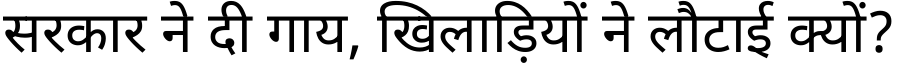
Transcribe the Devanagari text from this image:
सरकार ने दी गाय, खिलाड़ियों ने लौटाई क्यों?